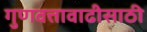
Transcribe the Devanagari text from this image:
गुणवत्तावाढीसाठी